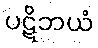
ပဋိဘယံ